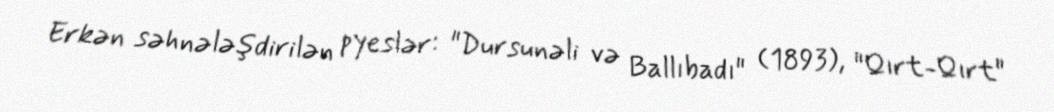
Erkən səhnələşdirilən pyeslər: "Dursunəli və Ballıbadı" (1893), "Qırt-Qırt"